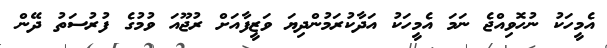
އެމީހަކު ނުހޮވިއްޖެ ނަމަ އެމީހަކު އަދާކުރަމުންދިޔަ ވަޒީފާއަށް ރުޖޫއަ ވުމުގެ ފުރުސަތު ދޭން